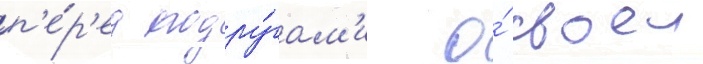
п'е́р'ед подру́гам'и о́ своеи